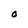
Character: O